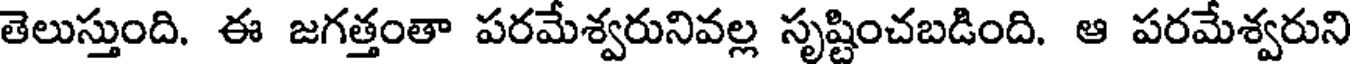
తెలుస్తుంది. ఈ జగత్తంతా పరమేశ్వరునివల్ల సృష్టించబడింది. ఆ పరమేశ్వరుని